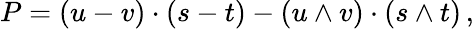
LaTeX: P=(u-v)\cdot(s-t)-(u\wedge v)\cdot(s\wedge t)\, ,